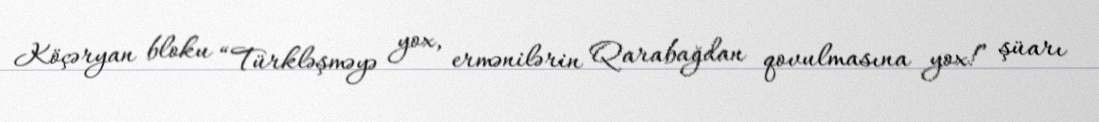
Köçəryan bloku “Türkləşməyə yox, ermənilərin Qarabağdan qovulmasına yox!” şüarı